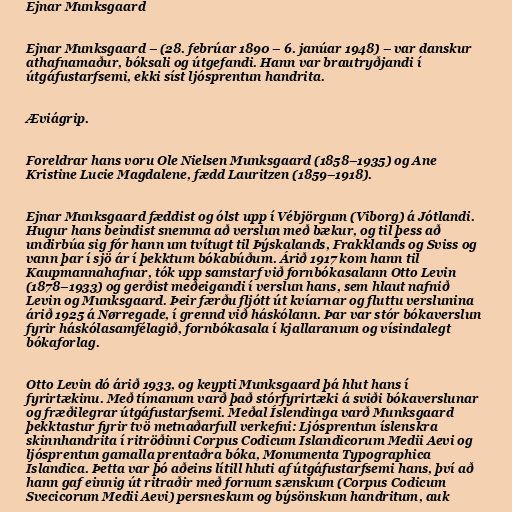
Ejnar Munksgaard

Ejnar Munksgaard – (28. febrúar 1890 – 6. janúar 1948) – var danskur
athafnamaður, bóksali og útgefandi. Hann var brautryðjandi í
útgáfustarfsemi, ekki síst ljósprentun handrita.

Æviágrip.

Foreldrar hans voru Ole Nielsen Munksgaard (1858–1935) og Ane
Kristine Lucie Magdalene, fædd Lauritzen (1859–1918).

Ejnar Munksgaard fæddist og ólst upp í Vébjörgum (Viborg) á Jótlandi.
Hugur hans beindist snemma að verslun með bækur, og til þess að
undirbúa sig fór hann um tvítugt til Þýskalands, Frakklands og Sviss og
vann þar í sjö ár í þekktum bókabúðum. Árið 1917 kom hann til
Kaupmannahafnar, tók upp samstarf við fornbókasalann Otto Levin
(1878–1933) og gerðist meðeigandi í verslun hans, sem hlaut nafnið
Levin og Munksgaard. Þeir færðu fljótt út kvíarnar og fluttu verslunina
árið 1925 á Nørregade, í grennd við háskólann. Þar var stór bókaverslun
fyrir háskólasamfélagið, fornbókasala í kjallaranum og vísindalegt
bókaforlag.

Otto Levin dó árið 1933, og keypti Munksgaard þá hlut hans í
fyrirtækinu. Með tímanum varð það stórfyrirtæki á sviði bókaverslunar
og fræðilegrar útgáfustarfsemi. Meðal Íslendinga varð Munksgaard
þekktastur fyrir tvö metnaðarfull verkefni: Ljósprentun íslenskra
skinnhandrita í ritröðinni Corpus Codicum Islandicorum Medii Aevi og
ljósprentun gamalla prentaðra bóka, Monumenta Typographica
Islandica. Þetta var þó aðeins lítill hluti af útgáfustarfsemi hans, því að
hann gaf einnig út ritraðir með fornum sænskum (Corpus Codicum
Svecicorum Medii Aevi) persneskum og býsönskum handritum, auk